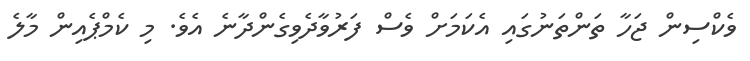
ވެކްސިން ޖަހާ ތަންތަނުގައި އެކަމަށް ވެސް ފަރުވާދެވިގެންދާނެ އެވެ. މި ކެމްޕެއިން މާލެ